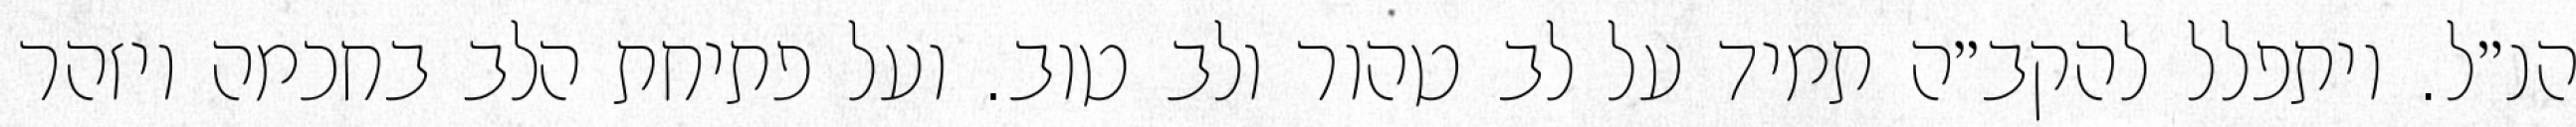
הנ״ל. ויתפלל להקב״ה תמיד על לב טהור ולב טוב. ועל פתיחת הלב בחכמה ויזהר